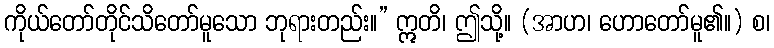
ကိုယ်တော်တိုင်သိတော်မူသော ဘုရားတည်း။” ဣတိ၊ ဤသို့။ (အာဟ၊ ဟောတော်မူ၏။) စ၊